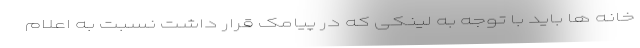
خانه ها باید با توجه به لینکی که در پیامک قرار داشت نسبت به اعلام